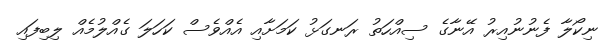
ނިކޯލާ ފެނުނުއިރު އޭނާގެ ސިއްހަތު ރަނގަޅު ކަމަށާއި އެއްވެސް ކަހަލަ ގެއްލުމެއް ލިބިފައި